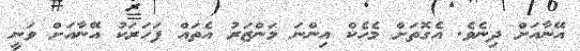
އޭނާއަށް ދިނެވެ. އެގޮތަށް މެހެކް އިންނަ މަންޒަރު އެތައް ފަހަރަކު އޭނާއަށް ވަނީ